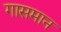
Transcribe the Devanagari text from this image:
गासमान